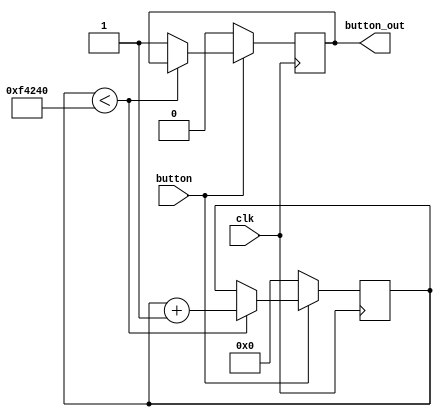
`timescale 1ns / 1ps

module debounce(
	input clk,
	input button,
	output reg button_out
);

	localparam threshold = 1000000;

	reg [20:0] cnt;

	always @(posedge clk) begin
		if (button == 0) begin
			button_out = 0;
			cnt = 0;
		end
		else begin
			if (cnt < threshold)
				cnt = cnt + 1;
			else
				button_out = 1;
		end
	end

endmodule